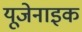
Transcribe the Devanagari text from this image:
यूजेनाइक